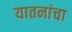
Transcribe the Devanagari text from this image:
यातनांचा